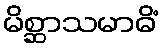
မိစ္ဆာသမာဓိံ